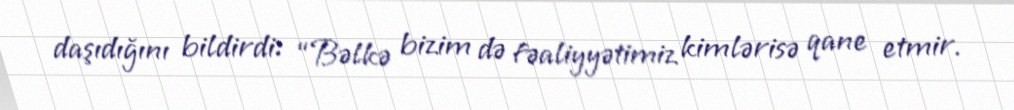
daşıdığını bildirdi: “Bəlkə bizim də fəaliyyətimiz kimlərisə qane etmir.